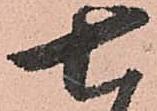
七